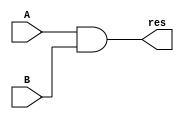
module AND_behav(res, A, B);
input A, B;
output res;
reg res;
always @ (A, B)
begin
 res = A & B;
end
endmodule